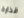
قذارة